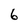
Character: 6